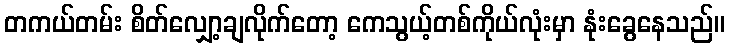
တကယ်တမ်း စိတ်လျှော့ချလိုက်တော့ ကေသွယ့်တစ်ကိုယ်လုံးမှာ နုံးခွေနေသည်။